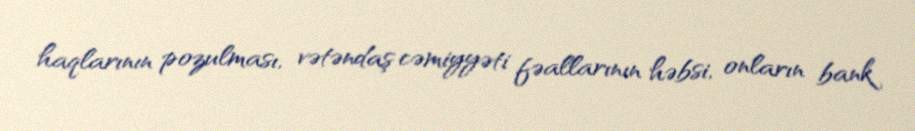
haqlarının pozulması, vətəndaş cəmiyyəti fəallarının həbsi, onların bank